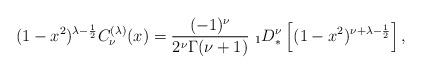
LaTeX: \begin{align*}(1-x^2)^{\lambda-\frac{1}{2}}C_\nu^{(\lambda)}(x)={(-1)^\nu\over 2^\nu \Gamma(\nu+1)}\ _1 D^{\nu}_*\left[(1-x^2)^{\nu+\lambda-\frac{1}{ 2}}\right],\end{align*}